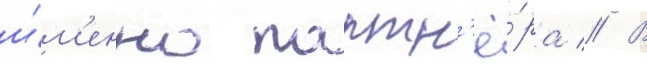
и́м'енно партн'ё́ра // В